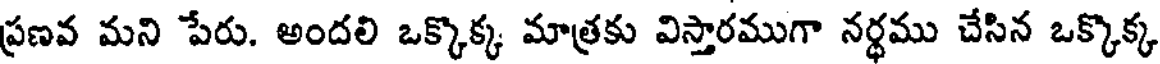
ప్రణవ మని పేరు. అందలి ఒక్కొక్క మాత్రకు విస్తారముగా నర్థము చేసిన ఒక్కొక్క